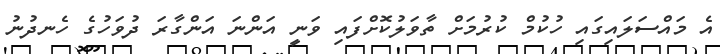
އެ މައްސަލައިގައި ހުކުމް ކުރުމަށް ތާވަލުކޮށްފައި ވަނީ އަންނަ އަންގާރަ ދުވަހުގެ ހެނދުނު